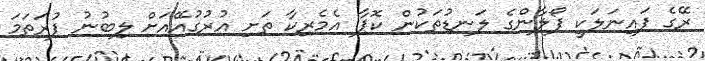
ރޭގެ ފައިނަލަކީ ފޯލާންގެ ލަނޑުތަކުން ކޮޕާ އެމެރިކާ ތަށި އުރުގުއޭއަށް ލިބުނު ފުރަތަމަ